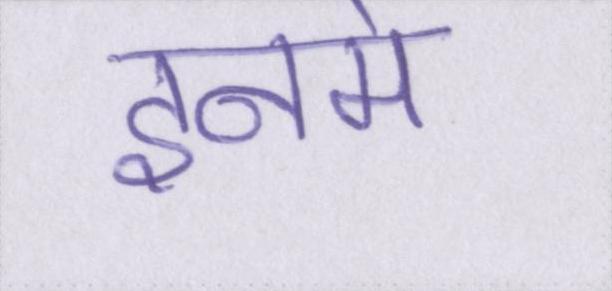
इनमे